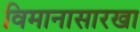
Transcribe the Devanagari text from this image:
विमानासारखा